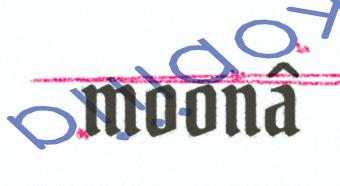
moonâ